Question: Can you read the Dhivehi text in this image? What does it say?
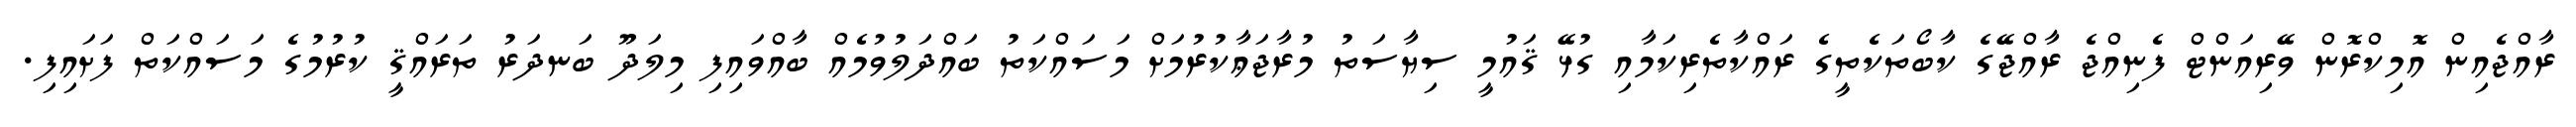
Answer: ރާއްޖެއިން އޮމިކްރޮން ވޭރިއަންޓް ފެނިއްޖެ ރާއްޖޭގެ ކާބޯތަކެތީގެ ރައްކާތެރިކަމާއި ގުޅޭ ޤައުމީ ސިޔާސަތު މުރާޖަޢާކުރުމަށް މަސައްކަތު ބައްދަލުވުމެއް ބާއްވައިފި މިލަދޫ ބަނދަރު ތަރައްޤީ ކުރުމުގެ މަސައްކަތް ފަށައިފި.